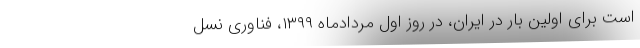
است برای اولین بار در ایران، در روز اول مردادماه ۱۳۹۹، فناوری نسل